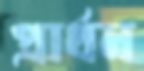
প্রার্থন